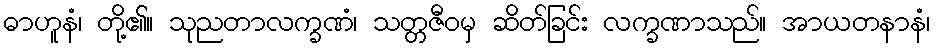
ဓာဟူနံ၊ တို့၏။ သုညတာလက္ခဏံ၊ သတ္တဇီဝမှ ဆိတ်ခြင်း လက္ခဏာသည်။ အာယတနာနံ၊